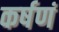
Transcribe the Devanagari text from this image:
कर्षणं